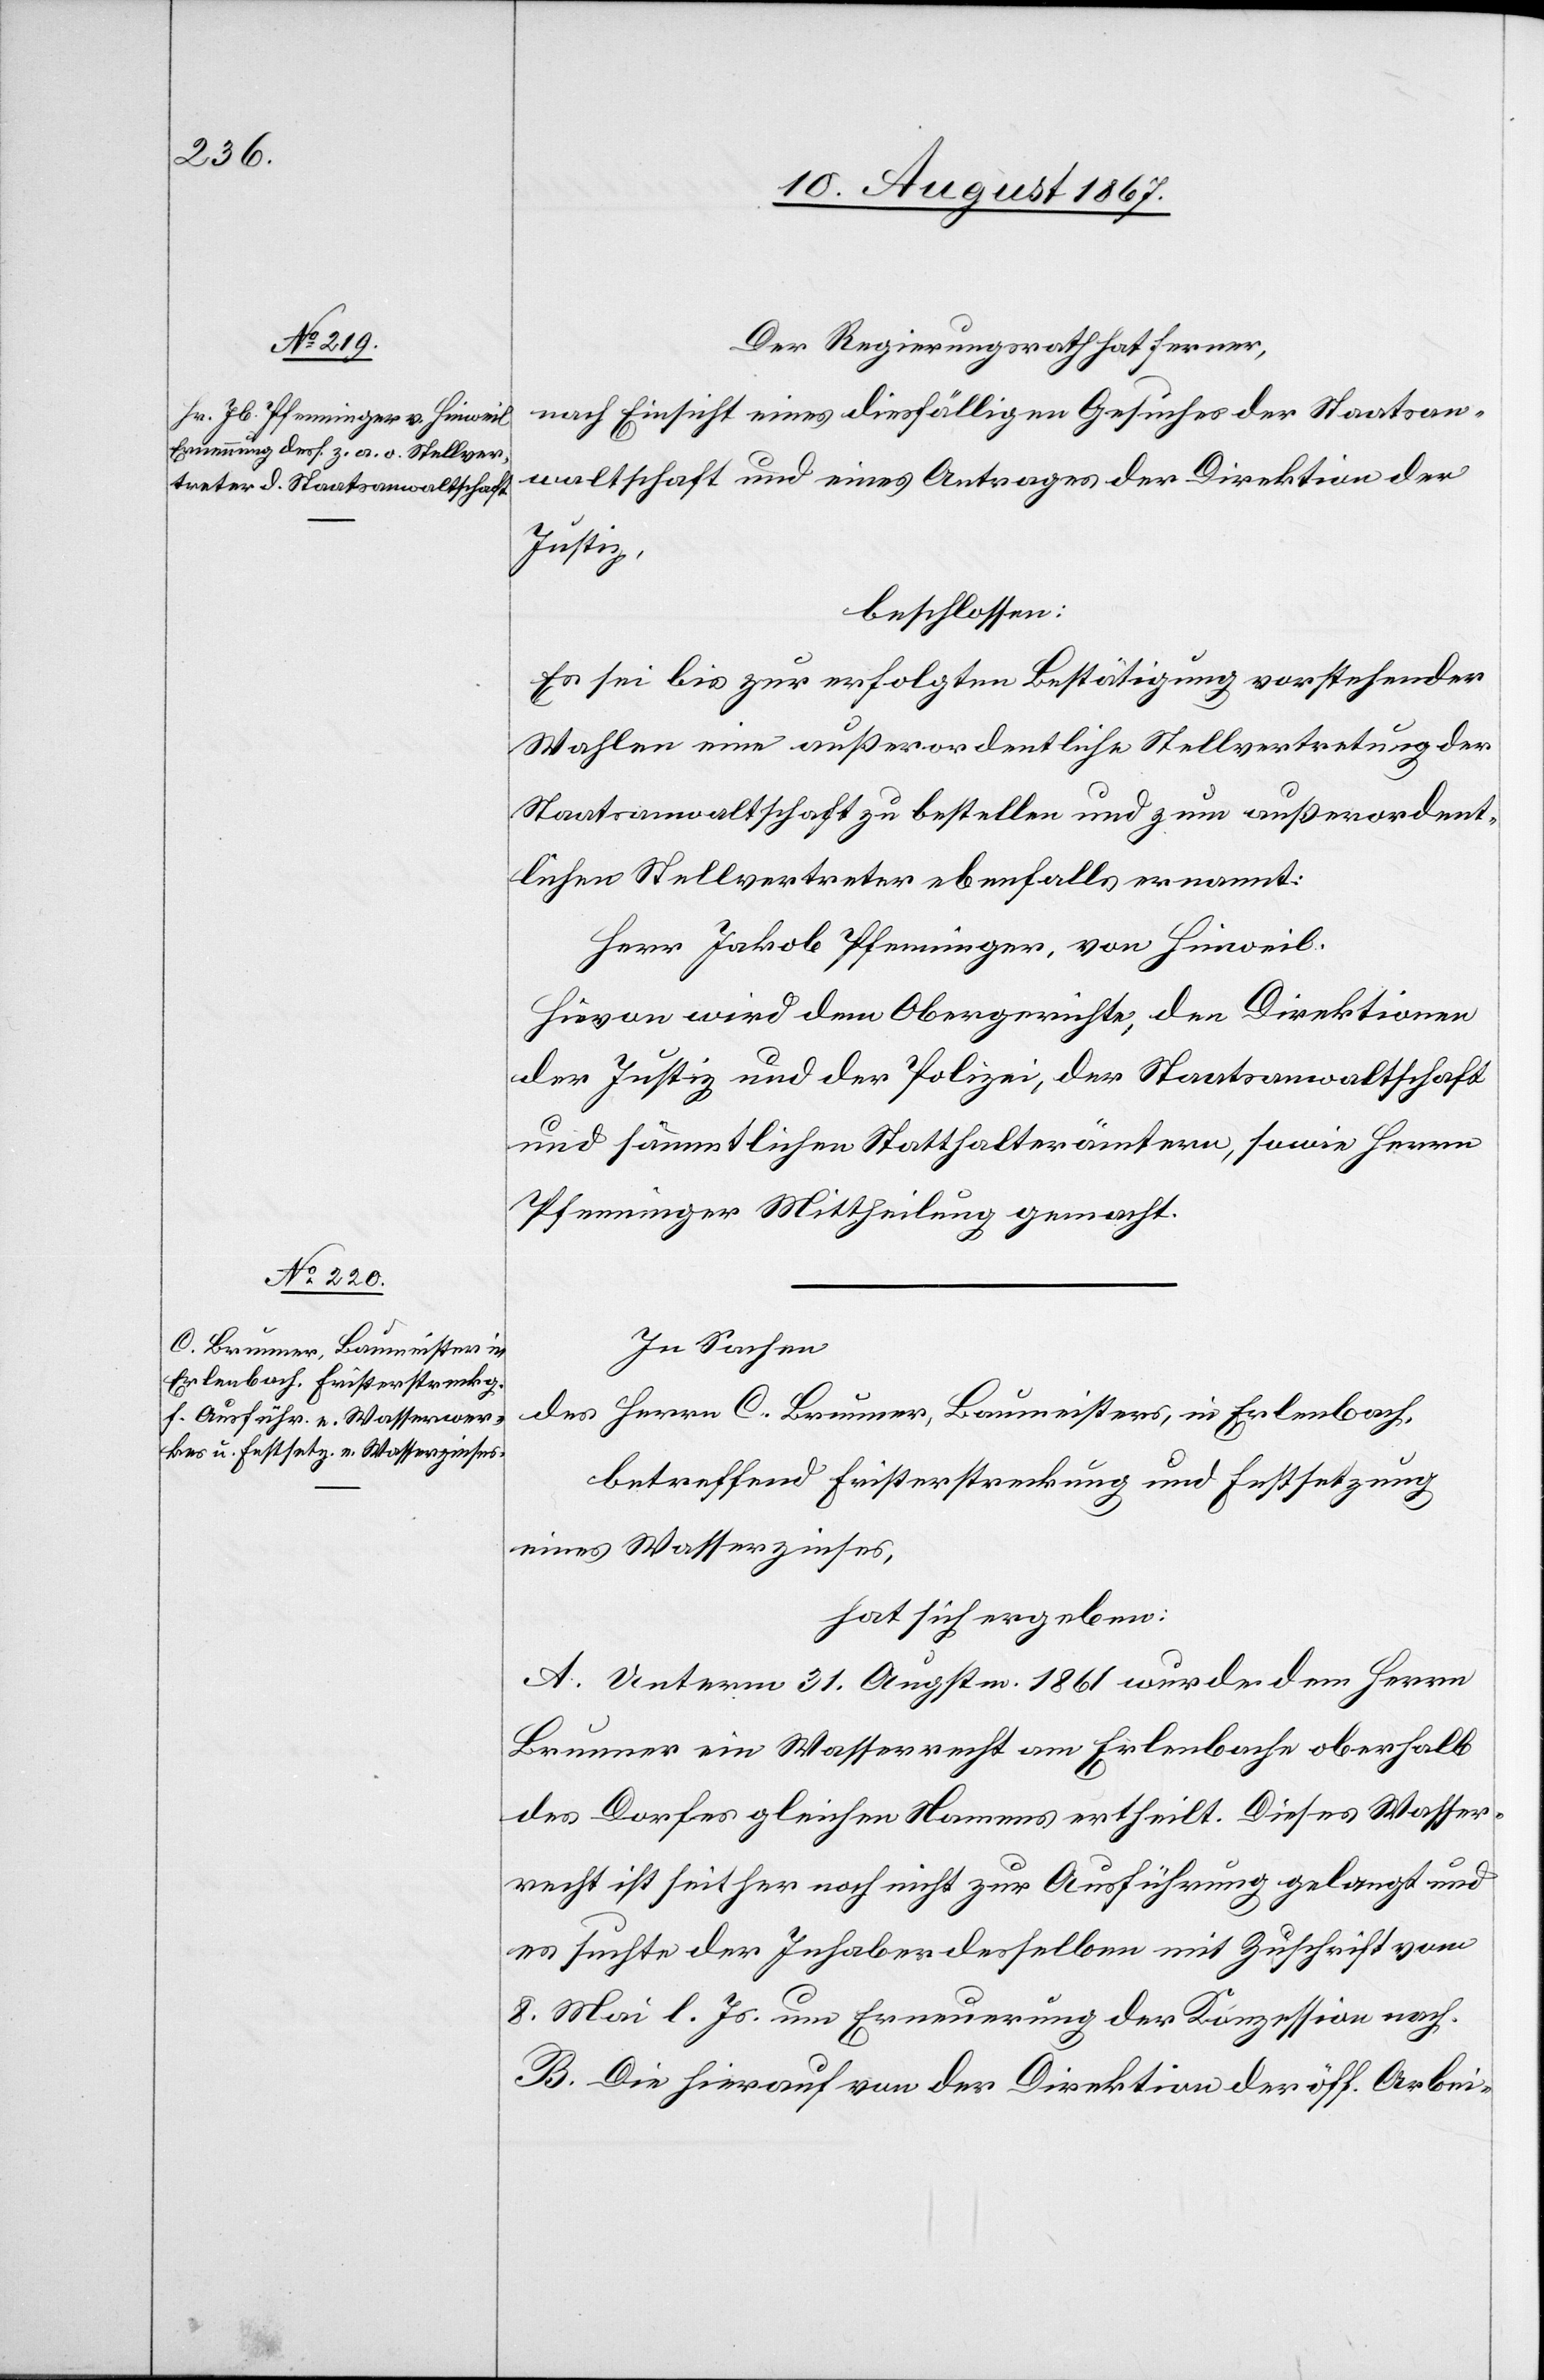
Der Regierungsrath hat ferner,
nach Einsicht eines diesfälligen Gesuches der Staatsan¬
waltschaft und eines Antrages der Direktion der
Justiz,
beschlossen:
Es sei bis zur erfolgten Bestätigung vorstehender
Wahlen eine außerordentliche Stellvertretung der
Staatsanwaltschaft zu bestellen und zum außerordent¬
lichen Stellvertreter ebenfalls ernannt:
Herr Jakob Pfenninger, von Hinweil.
Hievon wird dem Obergerichte, den Direktionen
der Justiz und der Polizei, der Staatsanwaltschaft
und sämmtlichen Statthalterämtern, sowie Herrn
Pfenninger Mittheilung gemacht.
In Sachen
des Herrn C. Brunner, Baumeisters, in Erlenbach,
betreffend Fristerstreckung und Festsetzung
eines Wasserzinses,
hat sich ergeben:
A. Unterm 31. Augstm. 1861 wurde dem Herrn
Brunner ein Wasserrecht am Erlenbach oberhalb
des Dorfes gleichen Namens ertheilt. Dieses Wasser¬
recht ist seither noch nicht zur Ausführung gelangt und
es suchte der Inhaber desselben mit Zuschrift vom
8. Mai l. Js. um Erneuerung der Konzession nach.
B. Die hierauf von der Direktion der öff. Arbei-